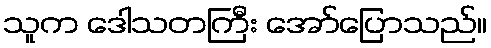
သူက ဒေါသတကြီး အော်ပြောသည်။